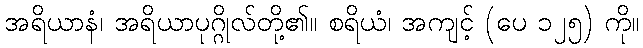
အရိယာနံ၊ အရိယာပုဂ္ဂိုလ်တို့၏။ စရိယံ၊ အကျင့် (ပေ ၁၂၅) ကို။